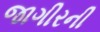
જાગીરની